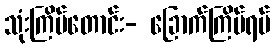
သုံးကြိမ်တောင်း- ခြောက်ကြိမ်ရပ်